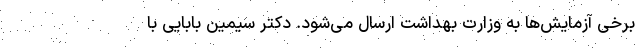
برخی آزمایش‌ها به وزارت بهداشت ارسال می‌شود. دکتر سیمین بابایی با